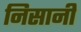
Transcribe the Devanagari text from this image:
निसानी